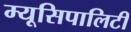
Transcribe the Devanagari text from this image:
म्यूसिपालिटी